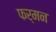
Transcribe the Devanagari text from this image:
फर्मन